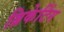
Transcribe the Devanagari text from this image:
ब्रिकेटिंग